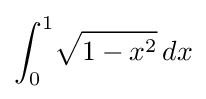
\int _{0}^{1}\!{\sqrt {1-x^{2}}}\,dx